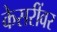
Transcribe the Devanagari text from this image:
केसरींवर